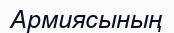
Армиясының